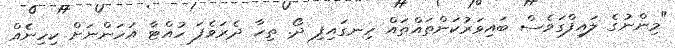
"މިންނުގެ ލައިފްގަވެސް ބައިވަރުކަންތައްތައް ހިނގައިފި ދޯ. ތިހާ ދެރަވެފަ ހުއްޓާ އަހަންނަށް ކިހިނެެއް